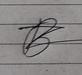
Signature authenticity: forged